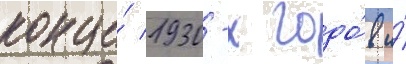
конце́ 1930-х годо́в и́